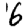
Digit: 6